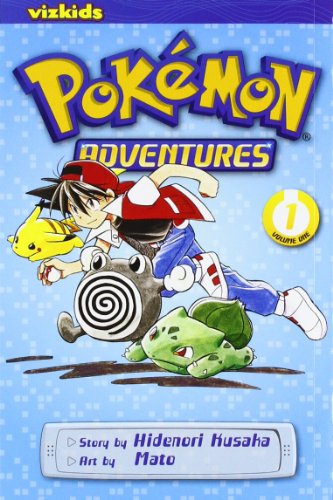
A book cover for PokÃ©mon Adventures, Vol. 1 (2nd Edition) (Pokemon); Hidenori Kusaka; Children's Books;